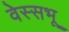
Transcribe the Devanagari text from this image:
वेस्सभू